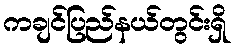
ကချင်ပြည်နယ်တွင်းရှိ